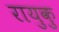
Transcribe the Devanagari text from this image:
रायुकु